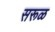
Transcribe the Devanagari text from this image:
सरूळ